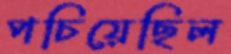
পচিয়েছিল